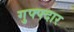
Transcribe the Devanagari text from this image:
गुफ्फ्दार